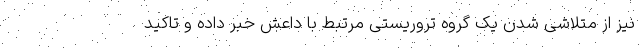
نیز از متلاشی شدن یک گروه تروریستی مرتبط با داعش خبر داده و تاکید